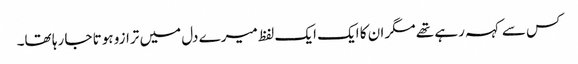
کس سے کہہ رہے تھے مگر ان کا ایک ایک لفظ میرے دل میں ترازو ہوتا جا رہا تھا۔